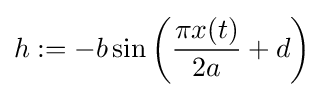
h:=-b\sin \left({\frac {\pi x(t)}{2a}}+d\right)